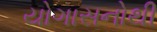
યોગાસનોથી